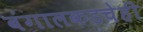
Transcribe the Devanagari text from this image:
बंगालकडचेही